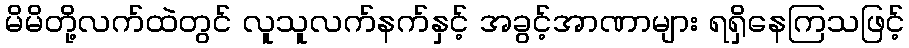
မိမိတို့လက်ထဲတွင် လူသူလက်နက်နှင့် အခွင့်အာဏာများ ရရှိနေကြသဖြင့်